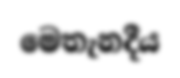
මෙතැනදීය